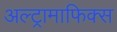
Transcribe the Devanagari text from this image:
अल्ट्रामाफिक्स